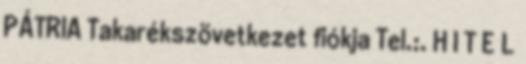
PÁTRIA Takarékszövetkezet fiókja Tel.:. H I T E L